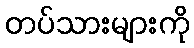
တပ်သားများကို